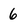
Character: 6